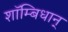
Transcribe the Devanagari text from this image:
शाॅम्बिधान्